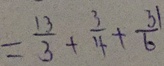
= \frac { 1 3 } { 3 } + \frac { 3 } { 4 } + \frac { 3 1 } { 6 }